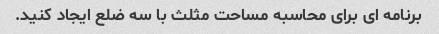
برنامه ای برای محاسبه مساحت مثلث با سه ضلع ایجاد کنید.